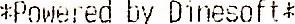
*POWERED BY DINESOFT*